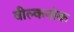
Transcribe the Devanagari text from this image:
वील्कनोक